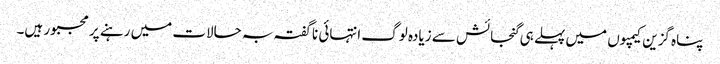
پناہ گزین کیمپوں میں پہلے ہی گنجائش سے زیادہ لوگ انتہائی ناگفتہ بہ حالات میں رہنے پر مجبور ہیں۔